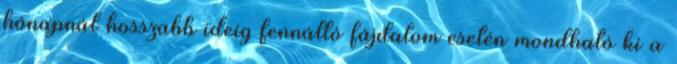
hónapnál hosszabb ideig fennálló fájdalom esetén mondható ki a